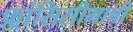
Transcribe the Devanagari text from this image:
फ़्रांसिसीभाषी